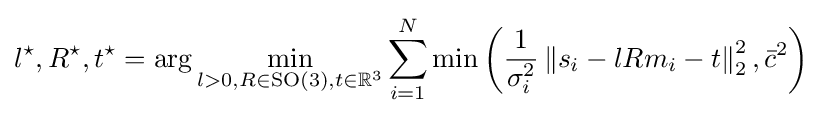
l^{\star },R^{\star },t^{\star }=\arg \min _{l>0,R\in {\text{SO}}(3),t\in \mathbb {R} ^{3}}\sum _{i=1}^{N}\min \left({\frac {1}{\sigma _{i}^{2}}}\left\Vert s_{i}-lRm_{i}-t\right\Vert _{2}^{2},{\bar {c}}^{2}\right)